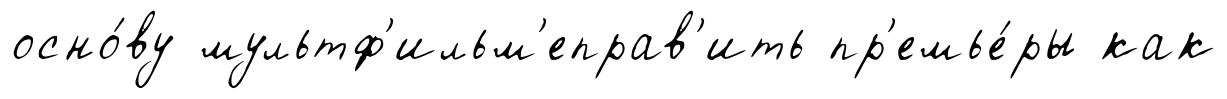
осно́ву мультф'ильм'еправ'ить пр'емье́ры как